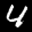
Label: 4